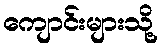
ကျောင်းများသို့